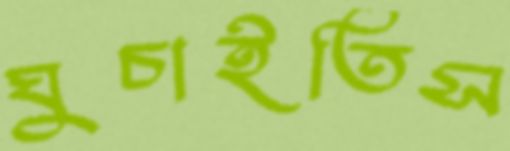
ঘুচাইতিস